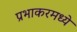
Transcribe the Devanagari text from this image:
प्रभाकरमध्ये